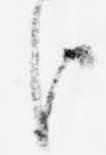
臣